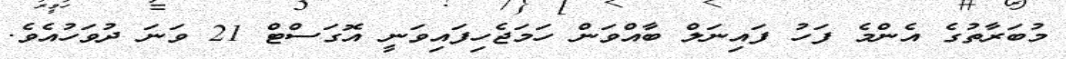
މުބަރާތުގެ އެންމެ ފަހު ފައިނަލް ބާއްވަން ހަމަޖެހިފައިވަނީ އޮގަސްޓް 21 ވަނަ ދުވަހުއެވެ.